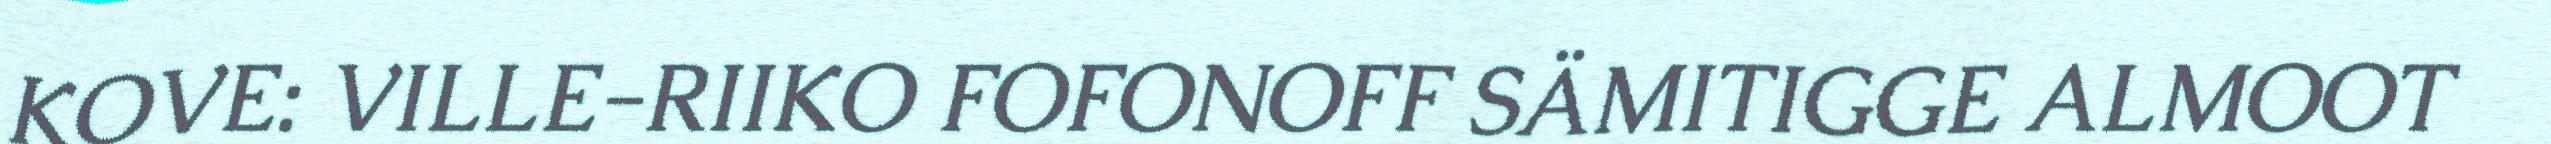
KOVE: VILLE-RIIKO FOFONOFF SÄMITIGGE ALMOOT